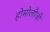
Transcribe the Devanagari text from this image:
होमोलौजी